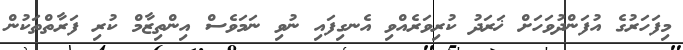
މިފަހަރުގެ އުފަންދުވަހަށް ޚަރަދު ކުރިވަރެއްވި އެނގިފައި ނުވި ނަމަވެސް އިންތިޒާމް ކުރި ފަރާތްތަކުން